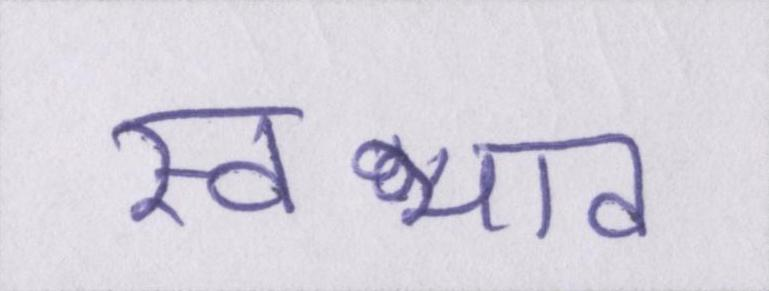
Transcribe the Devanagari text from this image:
स्वभाव